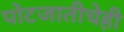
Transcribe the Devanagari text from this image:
पोटजातीचेही